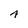
Character: A